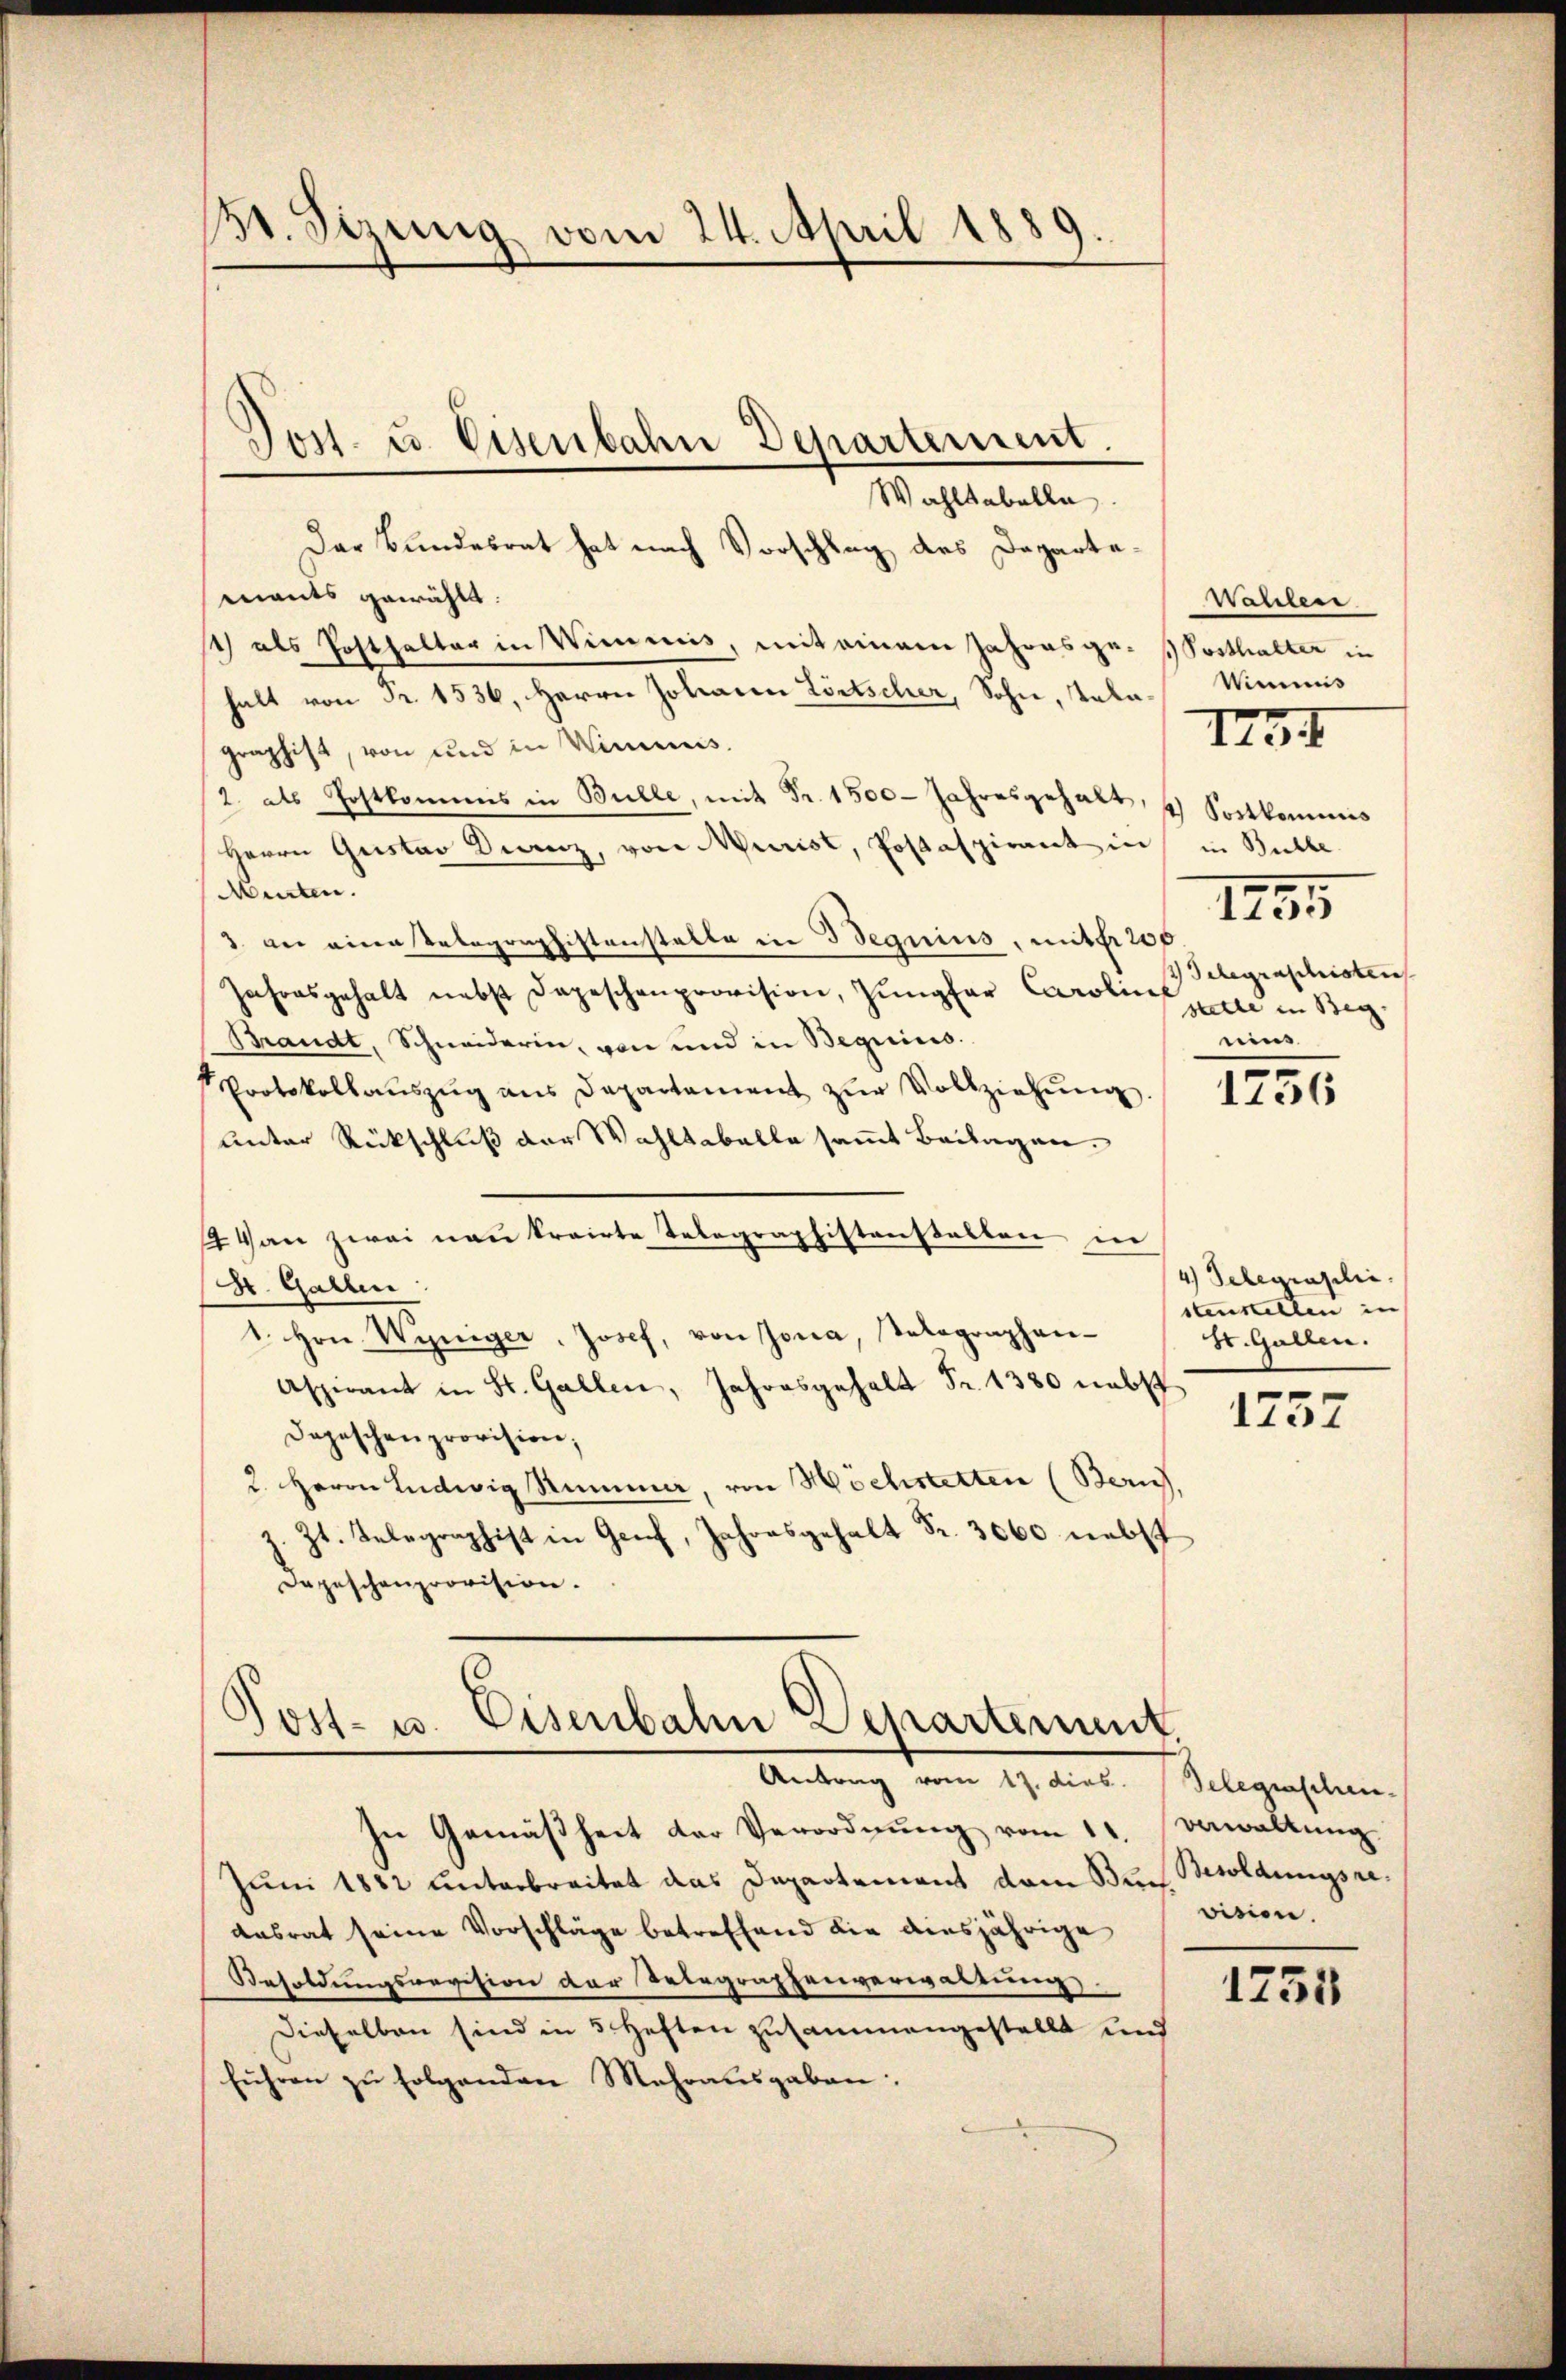
131. Sizung vom 24. April 1889.

Wahltabelle
Der Bundesrat hat nach Vorschlag des Departemants gewählt:
1) als Posthalter in Wimmis, mit einem Jahresge-Posthalter in
halt von Fr. 1536, Herrn Johann Lötscher, Sohn, Talagraphist, von und in Wimmis¬
2. als Postkommnis in Bulle, mit Fr. 1500 Jahresgehalt, 4 Sostkommnis
Herrn Gustav Dianz, von Murist, Postaspirant in in Bulle
Murten.
 an eine Telegraphistenstelle in Beguins, mit 200
Jahresgehalt nebst dageschenprovision, Zugfar Carolins
Brandt, Schneiderin, von und in Beguins.
Protokollauszug aus Departement zur Vollziehung
unter Rückschluß der Wahltabelle sammt Beilagen.
Van zwei nau trairte Telegraphistenstalten in
St. Gallen
1. Hrn. Weniger, Josef, von Jona, Salographen-
Aspirant in St. Gallen, Jahresgehalt Fr. 1380 nebst
Depeschenprovision;
2. Herrn Ludwig Rumme, von Höchstetten (Zürich
Zt. Telegraphist in Genf, Jahresgehalt Fr. 3000 nebst
Depeschenprovision.

Dost- u. Eisenbahn Departement.

Post- u. Eisenbahn Departement.
Antrag vom 17. dies. Belegraschen¬

In Gemäßheit der Verordnŭng vom 11. Verwaltung
Juni 1882 unterbreitet das Departement dem Buns. Besoldungsre¬
Aasrat seine Vorschläge betreffend die diesjährige
Besoldungsrevision der Telegraphenverwaltung
Dieselben sind in 5 Heften zusammengestellt und
fŭhren zŭ folgenden Mehrausgaben:

Wahlen
Wimmis
1215
 Gelegraphisten
salle in Beg
ein

II5

1236

4 Telegrasilii.
stenstellen in
St. Gallen.
e

1731

vision.

1755